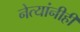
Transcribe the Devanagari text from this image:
नेत्यांनीही